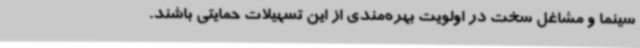
سینما و مشاغل سخت در اولویت بهره‌مندی از این تسهیلات حمایتی باشند.